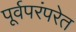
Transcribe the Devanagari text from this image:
पूर्वपरंपरेत